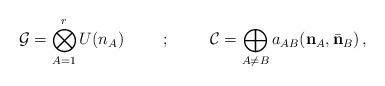
LaTeX: \begin{align*}{\cal G}=\bigotimes_{A=1}^rU(n_A)\hspace{1cm};\hspace{1cm}{\cal C}=\bigoplus_{A\neq B}a_{AB}({\bf n}_A,\bar{\bf n}_B)\, ,\end{align*}